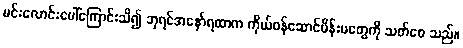
မင်းလောင်းပေါ်ကြောင်းသိ၍ ဘုရင်အနော်ရထာက ကိုယ်ဝန်ဆောင်မိန်းမတွေကို သတ်စေ သည်။